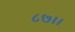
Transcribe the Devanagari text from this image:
८७।।